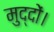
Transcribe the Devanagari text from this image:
मुद्दों।